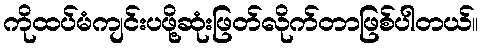
ကိုထပ်မံကျင်းပဖို့ဆုံးဖြတ်လိုက်တာဖြစ်ပါတယ်။